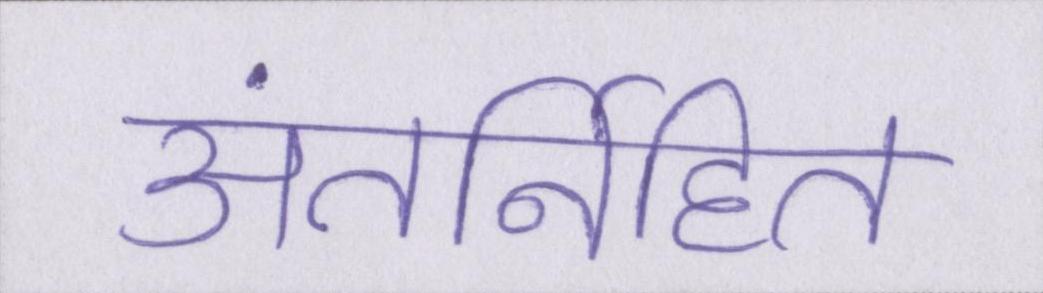
अंतर्निहित